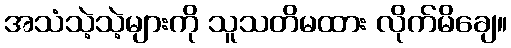
အသံသဲ့သဲ့များကို သူသတိမထား လိုက်မိချေ။